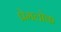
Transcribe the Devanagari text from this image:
प्रेमलोक